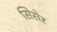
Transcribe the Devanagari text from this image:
सिसेर